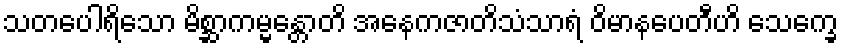
သတပေါရိသော မိစ္ဆာကမ္မန္တောတိ အနေကဇာတိသံသာရံ ဝိမာနပေတီဟိ သေက္ခေ